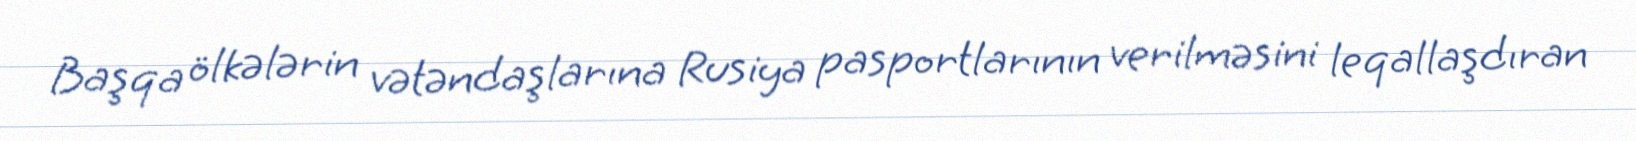
Başqa ölkələrin vətəndaşlarına Rusiya pasportlarının verilməsini leqallaşdıran